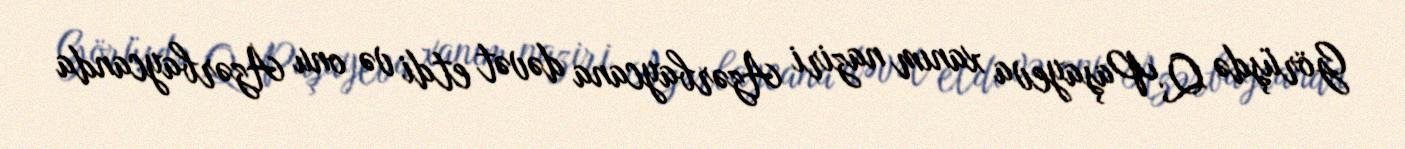
Görüşdə Q.Paşayeva xanım naziri Azərbaycana dəvət etdi və onu Azərbaycanda